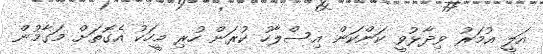
އަލީ އުމަރު ވިދާޅުވީ ކަންކަން އިސްލާހު ކުރަން ހުރި މީހަކު އެގޮތަށް މަގާމުން